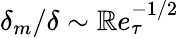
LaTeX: \delta_{m}/\delta\sim\mathbb{R}e_{\tau}^{-1/2}